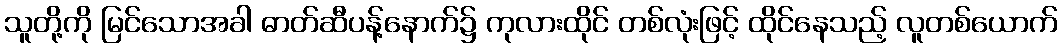
သူတို့ကို မြင်သောအခါ ဓာတ်ဆီပန့်နောက်၌ ကုလားထိုင် တစ်လုံးဖြင့် ထိုင်နေသည့် လူတစ်ယောက်